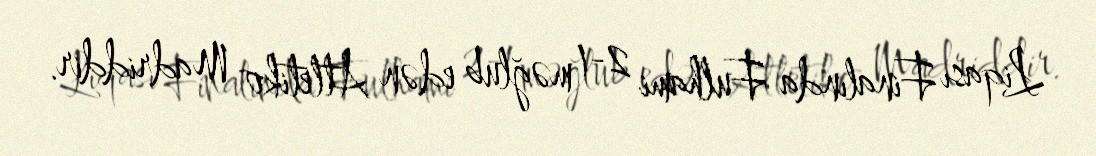
Liqası Finalında Fulhami 2-1 məğlub edən Atletiko Madriddir.